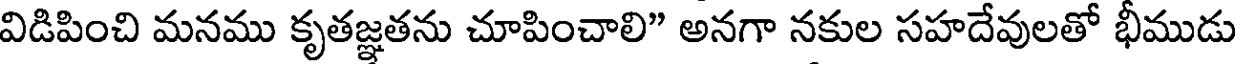
విడిపించి మనము కృతజ్ఞతను చూపించాలి" అనగా నకుల సహదేవులతో భీముడు